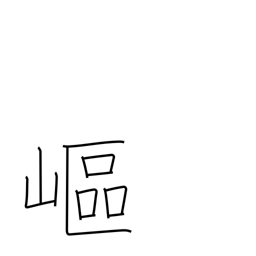
Meaning: steep